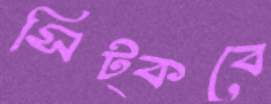
সিট্‌কবে